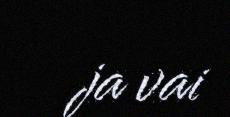
ja vai